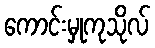
ကောင်းမှုကုသိုလ်